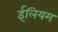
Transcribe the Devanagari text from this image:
ईलियम